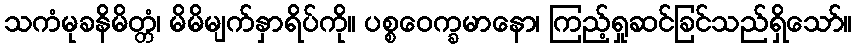
သကံမုခနိမိတ္တံ၊ မိမိမျက်နှာရိပ်ကို။ ပစ္စဝေက္ခမာနော၊ ကြည့်ရှုဆင်ခြင်သည်ရှိသော်။